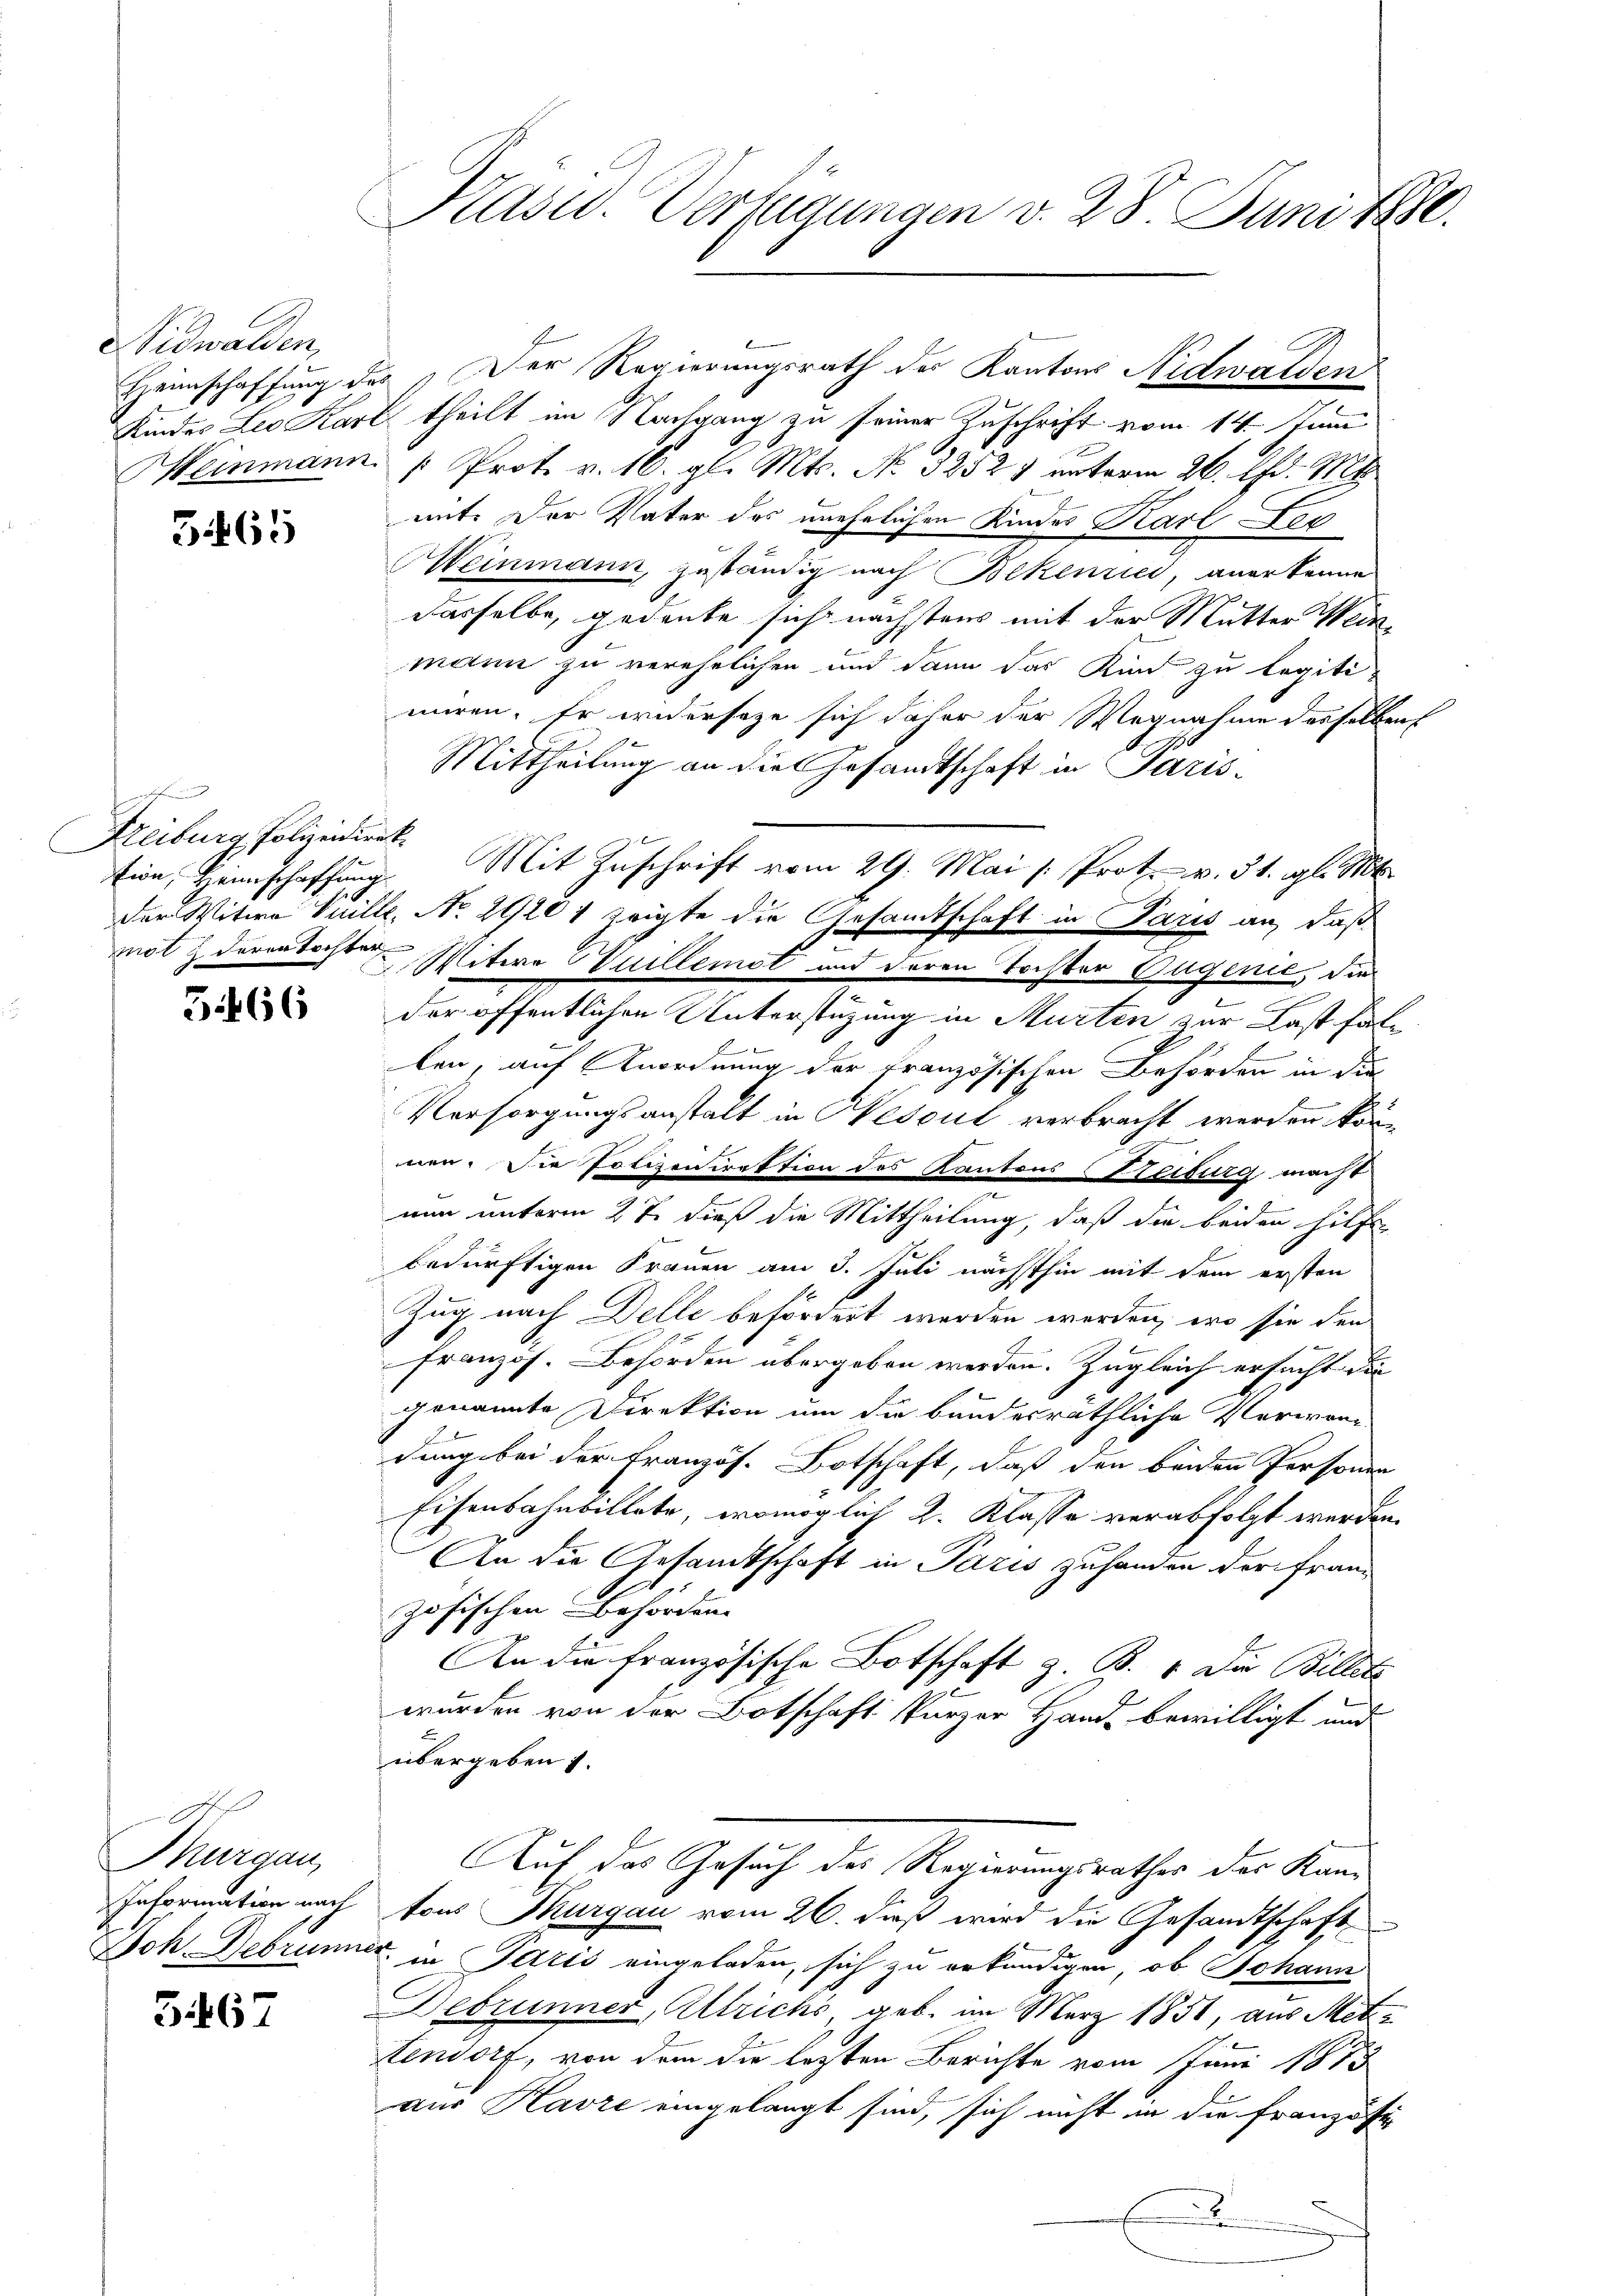
Nidwalden,

31465

a
Freiburg, Polizeidirek
tion, Heimschaffung
mol 2 deren Tochter

5466

Thurgau,
Information nach

567

Kasid. Verfügungen v. 28. Juni le

Heimschaffung des Der Regierungsrath der Kantons Nidwalden
Kindes Leo Karl theilt im Nachgang zu seiner Zuschrift vom 14. Juni
Weinmann. " Prot. v. 16. gl. Mts. No. 32527 unterm 26. d. Mts.
mit. Der Vater des unehelichen Kindes Karl Fer
MWeinmann, zuständig nach Bekenrici, anerkenne
dasselbe, gedeute sich nächstens mit der Mutter Weinmann zu verehelichen und dann das Kind zu legitiniren. Er widerseze sich daher der Wegnahme desselben
Mittheilung an die Gesandtschaft in Paris-
Mit Zuschrift vom 29. Mai /: Prot. v. 31. gl. Mt
der Witwe Vuille, No 29201 zeigte die Gesandtschaft in Paris an, daß
Witere Guillemat und deren Tochter Augenie, die
der öffentlichen Unterstüzung in Murten zur Last fal¬

len, auf Anordnung der französischen Behörden in die
Vorsorgungsanstalt in Nescul verbracht werden können. Die Polizeirektion des Kantons Steiburg macht
nun unterm 27. dieß die Mittheilung, daß die beiden Hilf
bedürftigen Frauen am 3. Juli nächsthin mit dem ersten
Zug nach Delle befördert werden werden, wo sie den
französ. Behörden übergeben werden. Zugleich ersucht die
genannte Direktion um die bundesräthliche Verwandung bei der Französ. Botschaft, daß den beiden Personen
Eisenbahnbillete, womöglich 2. Klasse verabfolgt werden.
An die Gesandtschaft in Paris zuhanden der Französischen Behörden.
An die französische Botschaft z. B. 1. Die Billete
wurden von der Botschaft kurzer Hand bewilligt und
übergeben.
Auf der Gesuch der Regierungsrathes der Kantons Thurgau vom 26. daß wird die Gesandtschaft
Joh Debrunner in Paris eingeladen, sich zu erkundigen, ob Johann
Debrunner, Altrichs geb. im März 1851, aus Metztendorf, von dem die lezten Berichte vom Juni 1873
aur Kavre eingelangt sind, sich nicht in die Französi
.